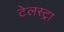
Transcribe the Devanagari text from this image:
टेलस्ट्रा